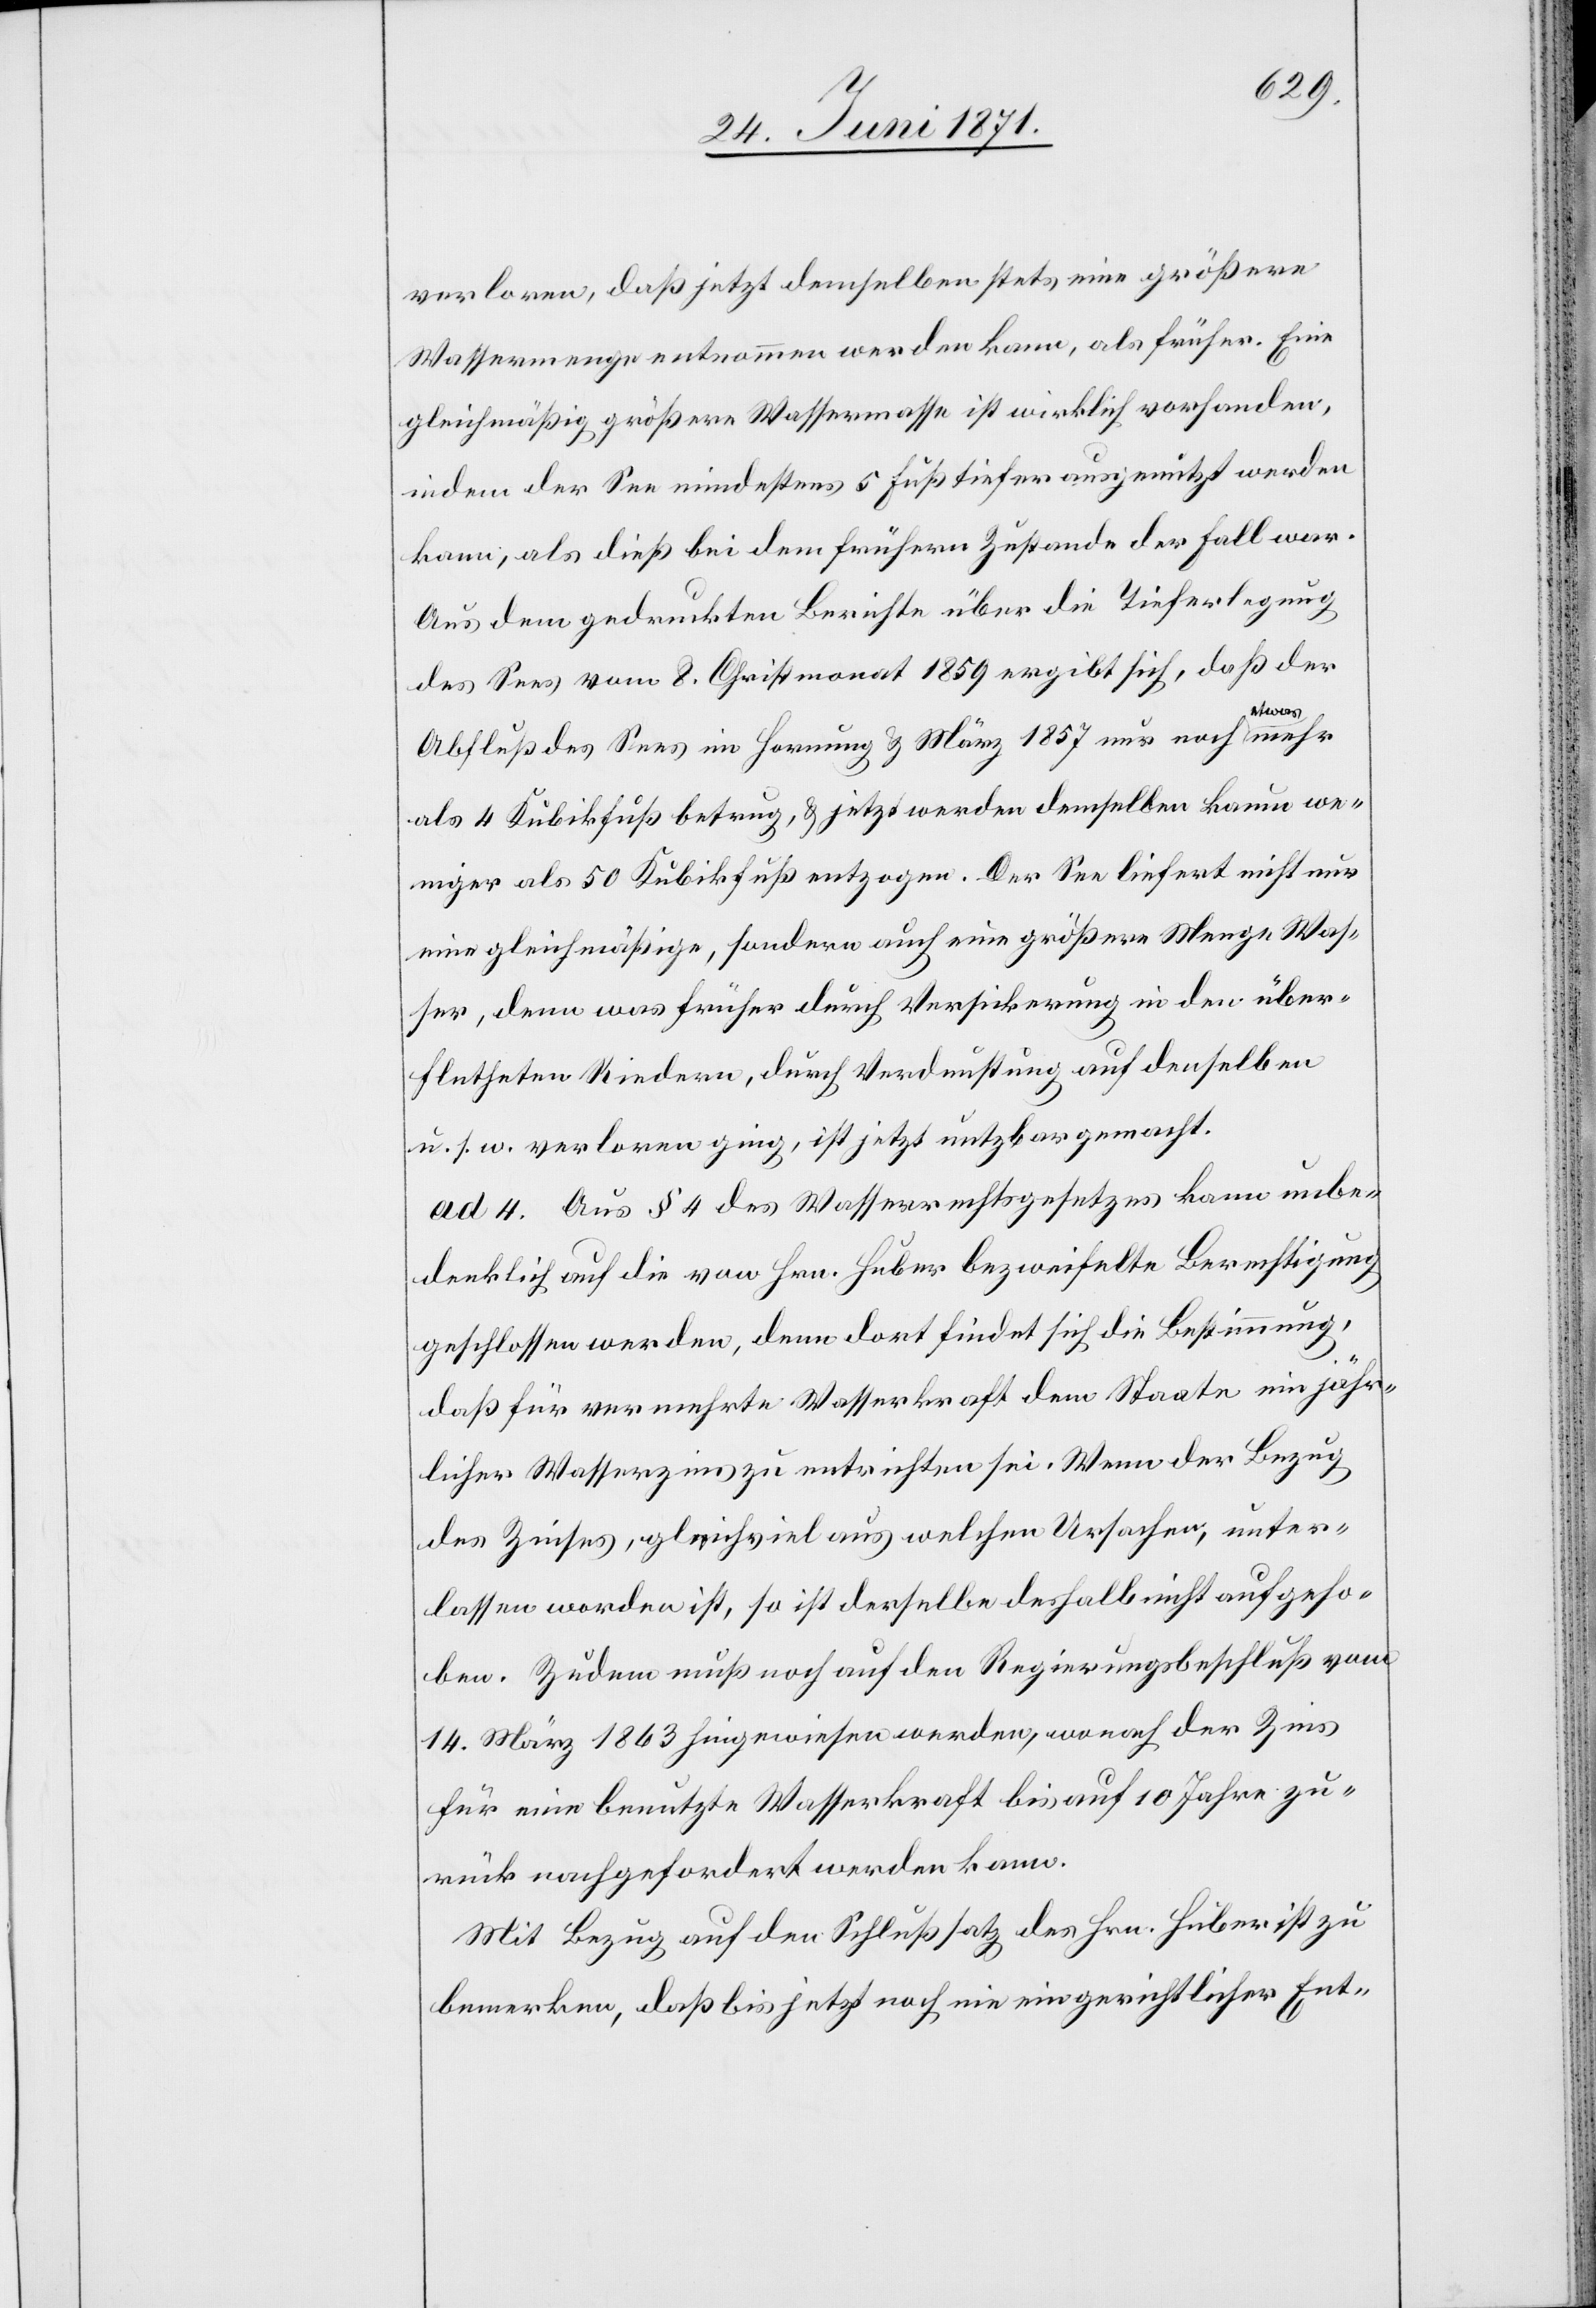
verloren, daß jetzt demselben stets eine größere
Wassermenge entnommen werden kann, als früher. Eine
gleichmäßig größere Wassermasse ist wirklich vorhanden,
indem der See mindestens 5 Fuß tiefer ausgenutzt werden
kann, als dieß bei dem frühern Zustande der Fall war.
Aus dem gedruckten Berichte über die Tieferlegung
des Sees vom 8. Christmonat 1859 ergibt sich, daß der
Abfluß des Sees im Hornung u. März 1857 nur noch etwa mehr
als 4 Kubikfuß betrug, u. jetzt werden demselben kaum we¬
niger als 50 Kubikfuß entzogen. Der See liefert nicht nur
eine gleichmäßige, sondern auch eine größere Menge Was¬
ser, denn was früher durch Versickerung in den über¬
flutheten Riedern, durch Verdunstung auf denselben
u. s. w. verloren ging, ist jetzt nutzbar gemacht.
ad 4. Aus § 4 des Wasserrechtsgesetzes kann unbe¬
denklich auf die von Hrn. Huber bezweifelte Berechtigung
geschlossen werden, denn dort findet sich die Bestimmung,
daß für vermehrte Wasserkraft dem Staate ein jähr¬
licher Wasserzins zu entrichten sei. Wenn der Bezug
des Zinses, gleichviel aus welchen Ursachen, unter¬
lassen worden ist, so ist derselbe deshalb nicht aufgeho¬
ben. Zudem muß noch auf den Regierungsbeschluß vom
14. März 1863 hingewiesen werden, wonach der Zins
für eine benutzte Wasserkraft bis auf 10 Jahre zu¬
rück nachgefordert werden kann.
Mit Bezug auf den Schlußsatz des Hrn. Huber ist zu
bemerken, daß bis jetzt noch nie gerichtlicher Ent-